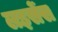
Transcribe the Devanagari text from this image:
लइसेंस